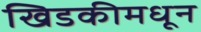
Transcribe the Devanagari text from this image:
खिडकीमधून